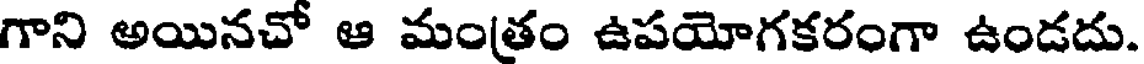
గాని అయినచో ఆ మంత్రం ఉపయోగకరంగా ఉండదు.